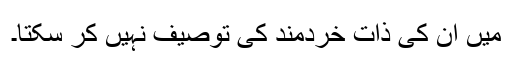
میں اُن کی ذاتِ خِردمند کی توصیف نہیں کر سکتا۔